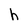
Character: h